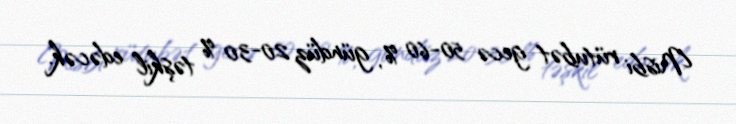
Nisbi rütubət gecə 50-60 %, gündüz 20-30 % təşkil edəcək.